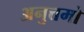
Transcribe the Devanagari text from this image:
अनुत्तमो